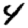
Digit: 4